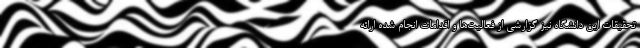
تحقیقات این دانشگاه نیز گزارشی از فعالیت‌ها و اقدامات انجام شده ارائه